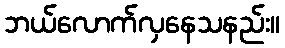
ဘယ်လောက်လှနေသနည်း။